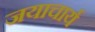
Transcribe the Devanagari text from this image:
जयाचार्य